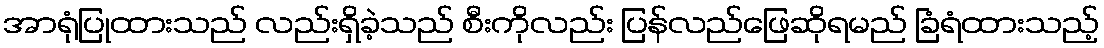
အာရုံပြုထားသည် လည်းရှိခဲ့သည် စီးကိုလည်း ပြန်လည်ဖြေဆိုရမည် ခြံရံထားသည့်